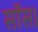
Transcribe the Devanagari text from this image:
सॉस।